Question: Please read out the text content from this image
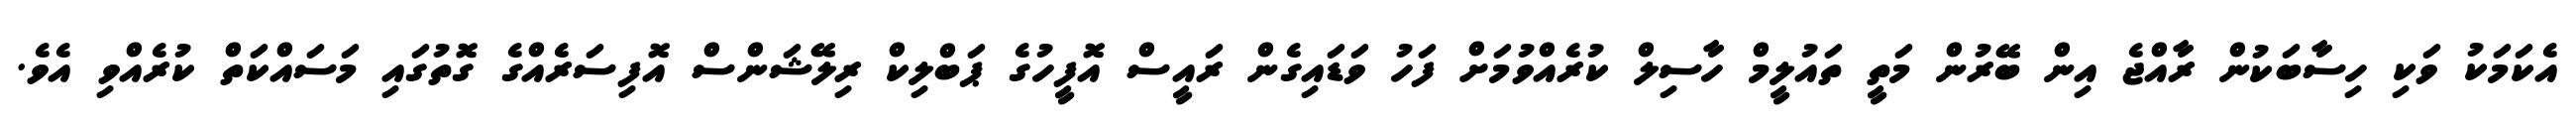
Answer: އެކަމަކު ވަކި ހިސާބަކުން ރާއްޖެ އިން ބޭރުން މަތީ ތައުލީމް ހާސިލް ކުރެއްވުމަށް ފަހު ވަޑައިގެން ރައީސް އޮފީހުގެ ޕަބްލިކް ރިލޭޝަންސް އޮފިސަރެއްގެ ގޮތުގައި މަސައްކަތް ކުރެއްވި އެވެ.